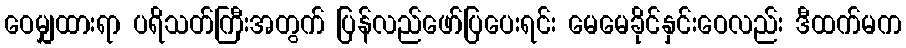
ဝေမျှထားရာ ပရိသတ်ကြီးအတွက် ပြန်လည်ဖော်ပြပေးရင်း မေမေခိုင်နှင်းဝေလည်း ဒီထက်မက